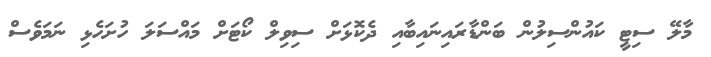
މާލޭ ސިޓީ ކައުންސިލުން ބަންޑާރައިނައިބާއި ދެކޮޅަށް ސިވިލް ކޯޓަށް މައްސަލަ ހުށަހެޅި ނަމަވެސް